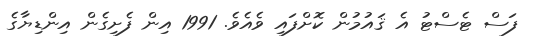
ފަސް ޓެސްޓު އެ ޤައުމުން ކޮށްފައި ވެއެވެ. 1991 އިން ފެށިގެން އިންޑިޔާގެ